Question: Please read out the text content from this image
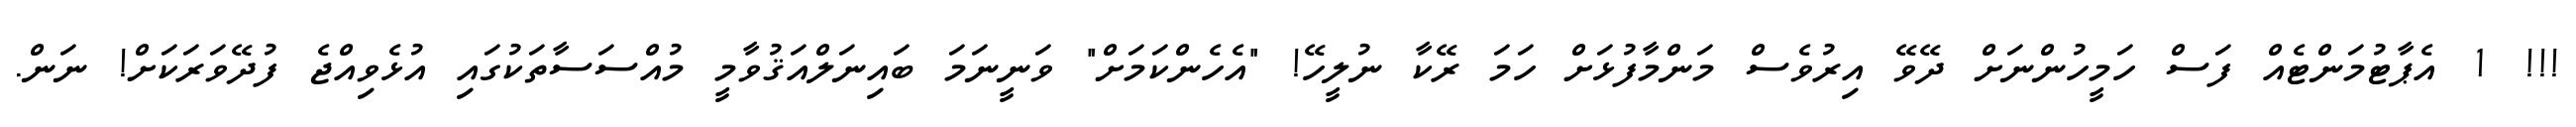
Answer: !!! 1 އެޕާޓުމަންޓެއް ފަސް ހަމީހުންނަށް ދޭވޭ އިރުވެސް މަންމާފުޅަށް ހަމަ ރޭކާ ނުލީހޭ! "އެހެންކަމަށް" ވަނީނަމަ ބައިނަލްއަޤުވާމީ މުއްސަސާތަކުގައި އުޅެވިއްޖެ ފުދޭވަރަކަށް! ނަން.